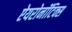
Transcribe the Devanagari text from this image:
ऐयरोनॉटिक्स